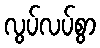
လွပ်လပ်စွာ